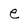
Character: e